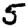
Digit: 5